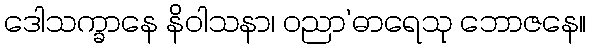
ဒေါသက္ခာနေ နိဝါသနာ၊ ဝညာ’ဓာရေသု ဘောဇနေ။